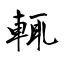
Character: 輒